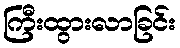
ကြီးထွားလာခြင်း